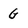
Character: G